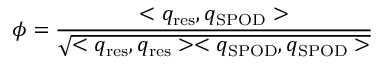
\phi = \frac { < q _ { \mathrm { r e s } } , q _ { \mathrm { S P O D } } > } { \sqrt { < q _ { \mathrm { r e s } } , q _ { \mathrm { r e s } } > < q _ { \mathrm { S P O D } } , q _ { \mathrm { S P O D } } > } }